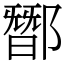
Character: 䣟